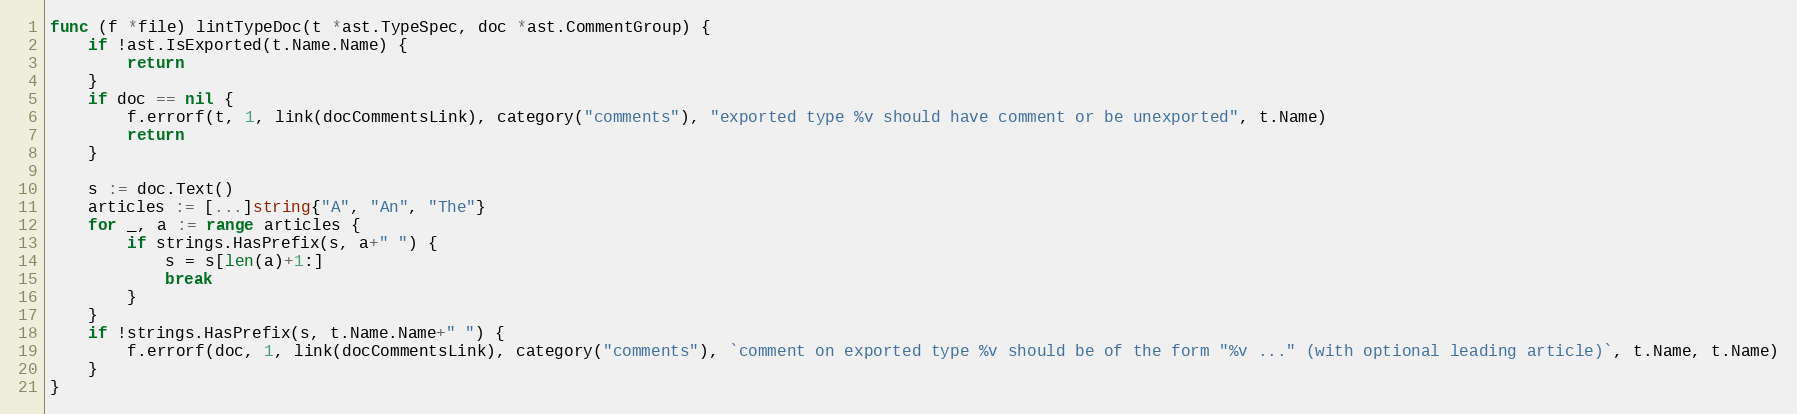
Language: Go
func (f *file) lintTypeDoc(t *ast.TypeSpec, doc *ast.CommentGroup) {
	if !ast.IsExported(t.Name.Name) {
		return
	}
	if doc == nil {
		f.errorf(t, 1, link(docCommentsLink), category("comments"), "exported type %v should have comment or be unexported", t.Name)
		return
	}

	s := doc.Text()
	articles := [...]string{"A", "An", "The"}
	for _, a := range articles {
		if strings.HasPrefix(s, a+" ") {
			s = s[len(a)+1:]
			break
		}
	}
	if !strings.HasPrefix(s, t.Name.Name+" ") {
		f.errorf(doc, 1, link(docCommentsLink), category("comments"), `comment on exported type %v should be of the form "%v ..." (with optional leading article)`, t.Name, t.Name)
	}
}